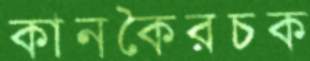
কানকৈরচক